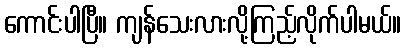
ကောင်းပါပြီ။ ကျန်သေးလားလို့ကြည့်လိုက်ပါမယ်။